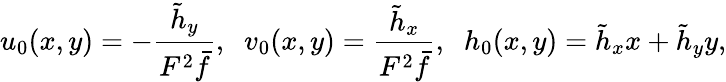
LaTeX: u_{0}(x,y)=-\frac{\tilde{h}_{y}}{F^{2}\bar{f}},\; \; v_{0}(x,y)=\frac{\tilde{h}_{x}}{F^{2}\bar{f}},\; \; h_{0}(x,y)=\tilde{h}_{x}x+\tilde{h}_{y}y,